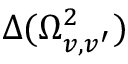
\Delta ( \Omega _ { v , v ^ { \prime } } ^ { 2 } )